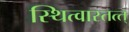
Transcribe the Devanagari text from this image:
स्थित्वास्तत्त्